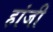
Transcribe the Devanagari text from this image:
हांजी